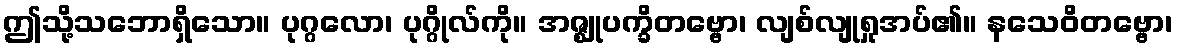
ဤသို့သဘောရှိသော။ ပုဂ္ဂလော၊ ပုဂ္ဂိုလ်ကို။ အဇ္ဈုပက္ခိတဗ္ဗော၊ လျစ်လျုရှုအပ်၏။ နသေဝိတဗ္ဗော၊